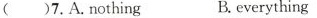
()7.A.nothing B.everything